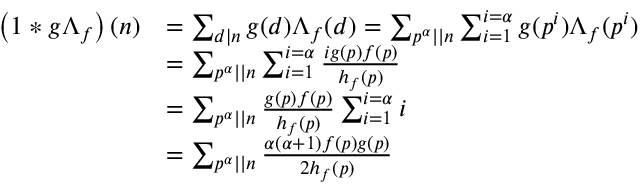
\begin{array} { r l } { \left( 1 \ast g \Lambda _ { f } \right) ( n ) } & { = \sum _ { d \mid n } g ( d ) \Lambda _ { f } ( d ) = \sum _ { p ^ { \alpha } | | n } \sum _ { i = 1 } ^ { i = \alpha } g ( p ^ { i } ) \Lambda _ { f } ( p ^ { i } ) } \\ & { = \sum _ { p ^ { \alpha } | | n } \sum _ { i = 1 } ^ { i = \alpha } \frac { i g ( p ) f ( p ) } { h _ { f } ( p ) } } \\ & { = \sum _ { p ^ { \alpha } | | n } \frac { g ( p ) f ( p ) } { h _ { f } ( p ) } \sum _ { i = 1 } ^ { i = \alpha } i } \\ & { = \sum _ { p ^ { \alpha } | | n } \frac { \alpha ( \alpha + 1 ) f ( p ) g ( p ) } { 2 h _ { f } ( p ) } } \end{array}